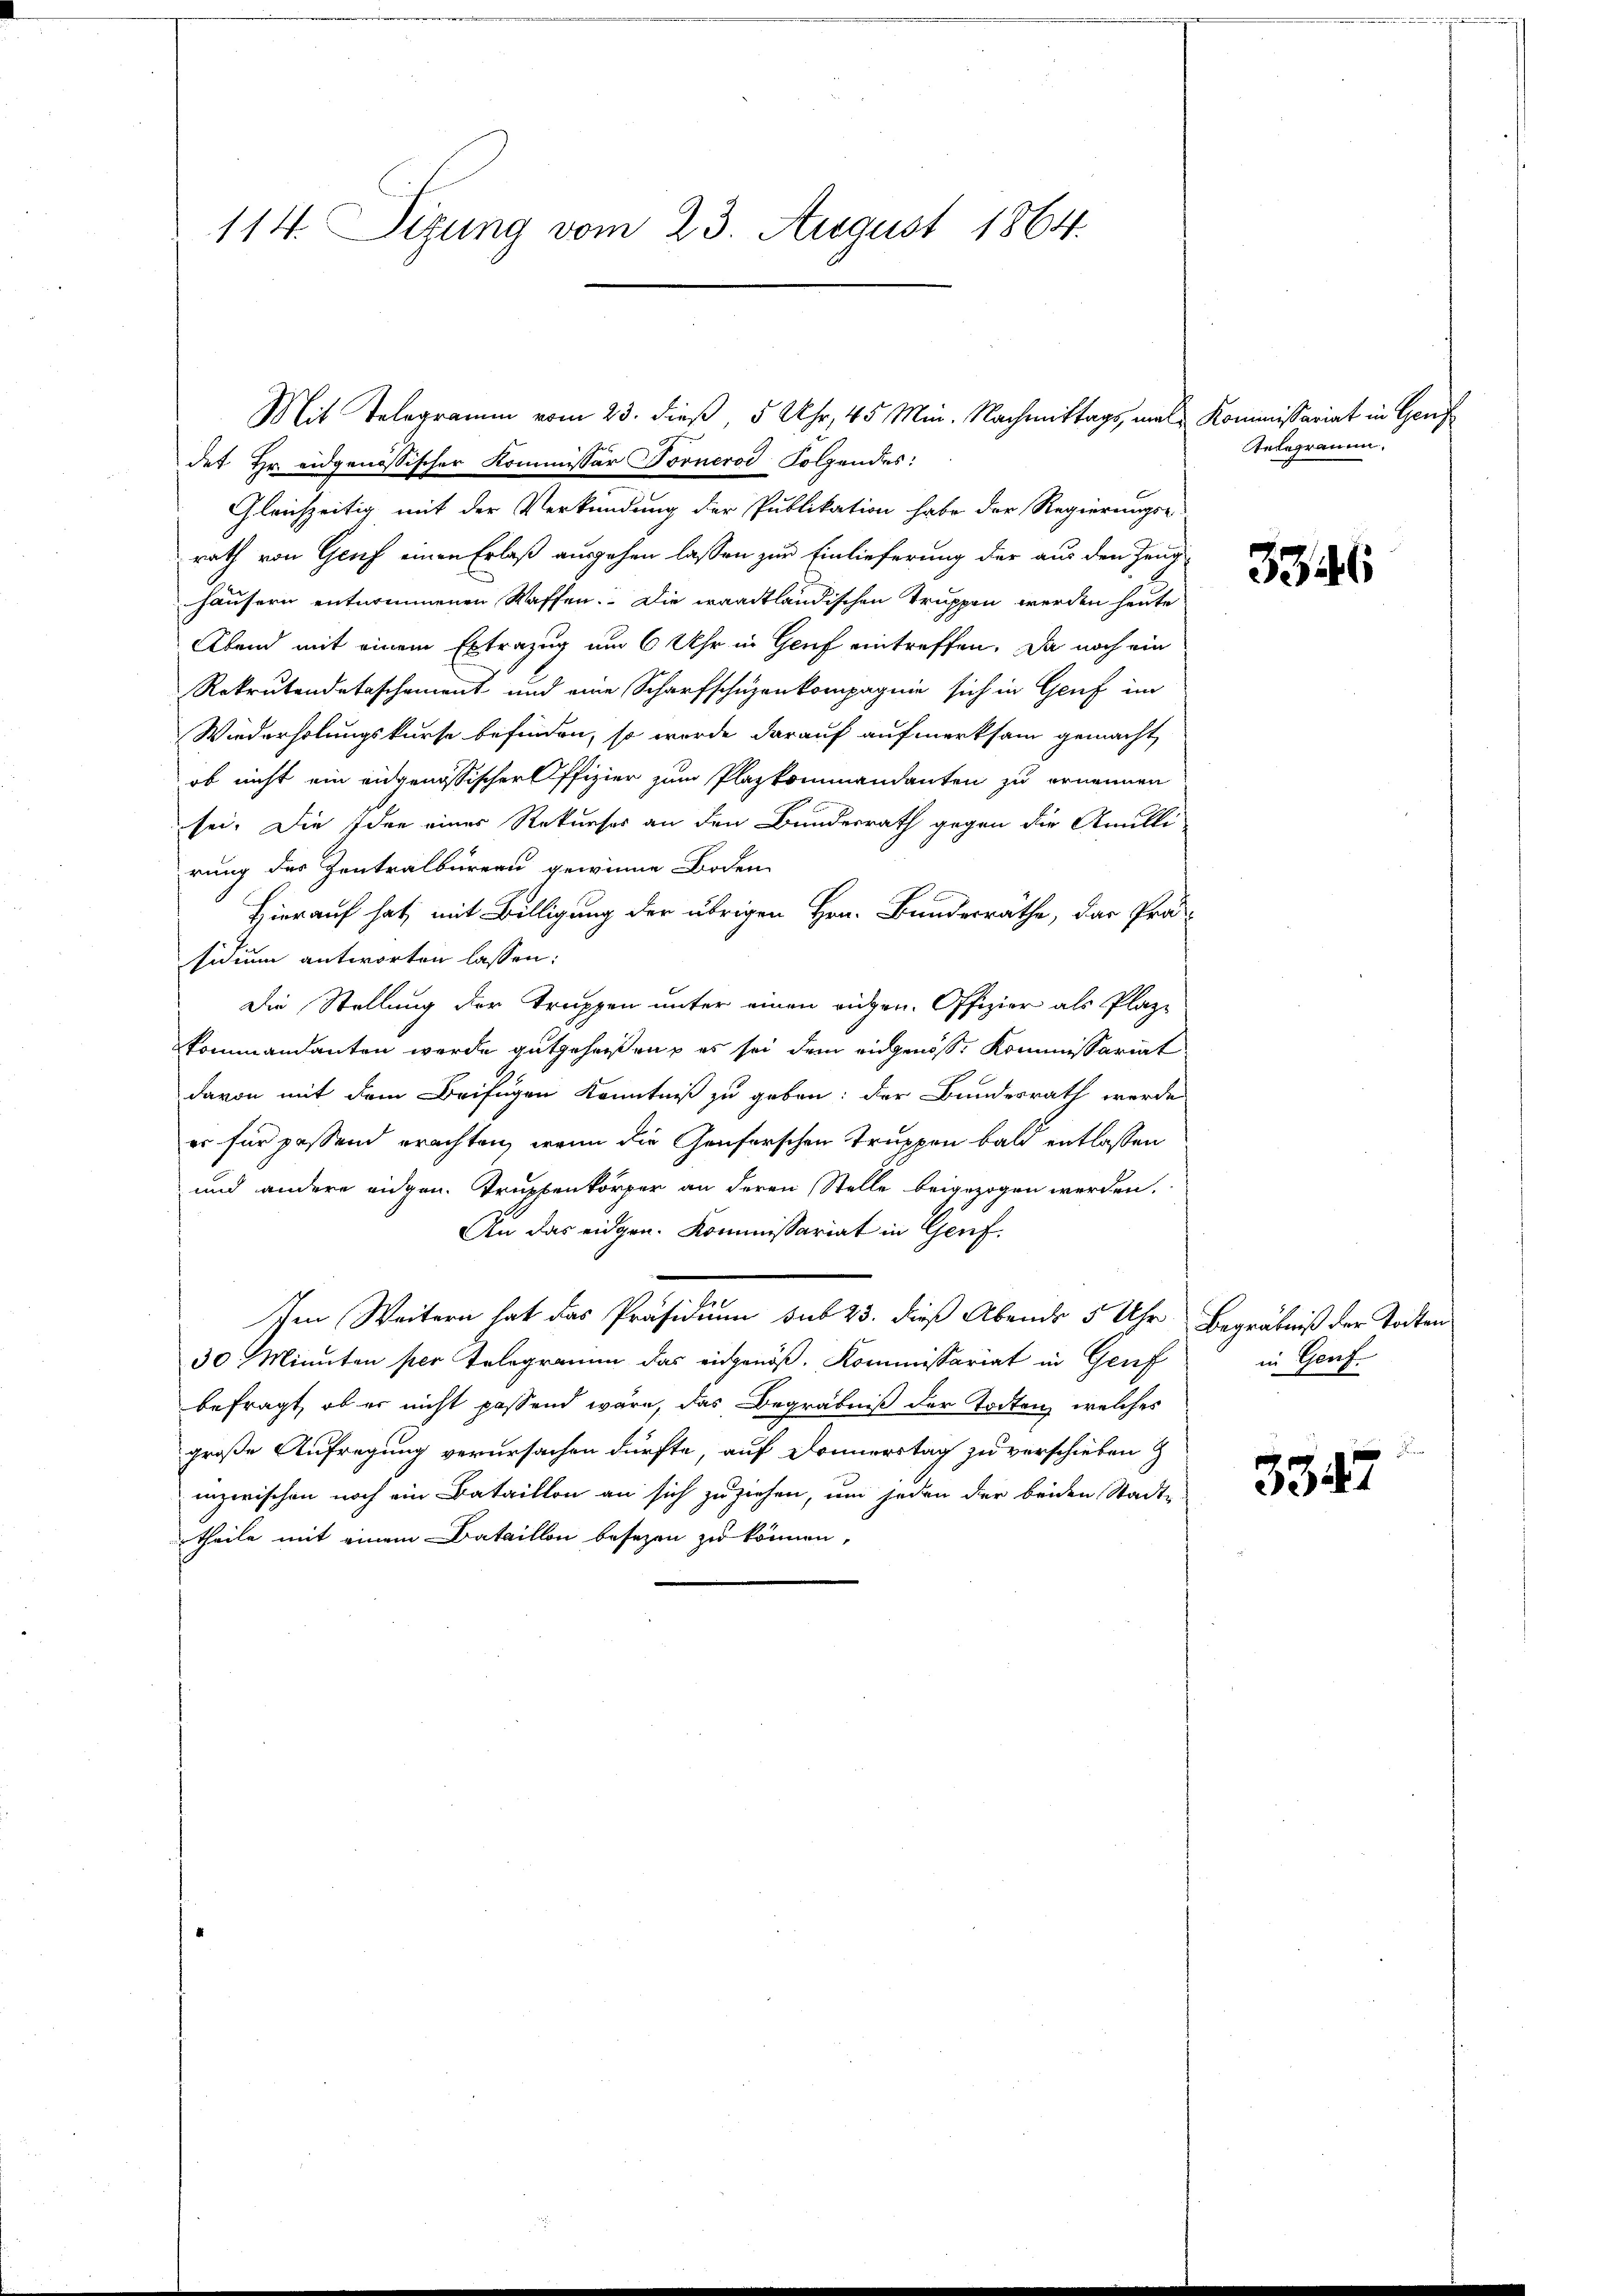
114. Sizung vom 23. August 1864.

det Hr. eidgenössischer Kommissar Fornerod Folgendes:
Gleichzeitig mit der Verkündung der Publikation habe der Regierungse
rath von Genf einen Erlaß ausgehen lassen zur Einlieferung der aus den Zeug
häusern entnommenen Waffen. Die waadtländischen Truppen werden heute
Abend mit einem Extrazug um 6 Uhr in Gerief eintreffen. Da noch ein
Rekrutendetaschement und eine Scharfschüzenkompagnie sich in Genf im
Wiederholungskurse befinden, so wurde darauf aufmerksam gemacht
ob nicht ein eidgenössischer Offizier zum Plazkommandanten zu ernennen
sei. Die Idee eines Rekurses an den Bundesrath gegen die Anilli-
rung des Zentralbureau gewinne Boden
Hierauf hat, mit Billigung der übrigen Hrn. Bundesräthe, das Prä-
sidium antworten lassen:
Die Stellung der Truppen unter einen eidgen. Offizier als Plaze
kommandanten werde gutgeheißen, es sei dem eidgenöss. Kommissariat
davon mit dem Beifügen Kenntniß zu geben: der Bundesrath werde
er für passend erachten, wenn die Genferschen Truppen bald entlassen
und andere eidgen. Truppenkörper an deren Stelle beigezogen werden.
An das eidgen. Kommissariat in Genf.
s
Im Weitern hat das Präsidium sub 23. dieß Abends 5 Uhr Begräbniß der Todten
30 Minuten per Telegramm das eidgenöß. Kommissariat in Genf
befragt, ob er nicht passend wäre, das Begräbniß der Todten, welches
große Aufregung verursachen dürfte, auf Donnerstag zu verschieben z
inzwischen noch ein Bataillon an sich zuziehen, um jeden der beiden Stadt-
theile mit einem Bataillon besezen zu können,

Mit Telegramm vom 23. dieß, 5 Uhr, 45 Min. Nachmittags, mal Kommissariat in Genf

ntegramm.

3346

in Genf.

3347